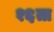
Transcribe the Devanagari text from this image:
१६ता